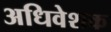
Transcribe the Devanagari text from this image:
अधिवेशक